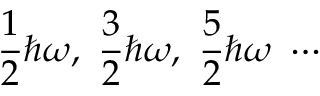
{ \frac { 1 } { 2 } } \hbar \omega , \ { \frac { 3 } { 2 } } \hbar \omega , \ { \frac { 5 } { 2 } } \hbar \omega \ \cdots